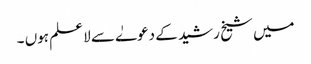
میں شیخ رشید کے دعوےٰ سے لا علم ہوں ۔